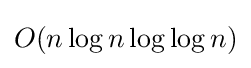
O(n\log n\log \log n)